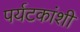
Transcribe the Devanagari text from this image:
पर्यटकांशी